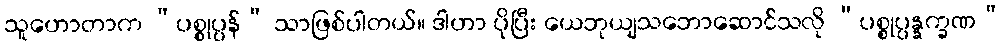
သူဟောတာက “ပစ္စုပ္ပန်” သာဖြစ်ပါတယ်။ ဒါဟာ ပိုပြီး ယေဘုယျသဘောဆောင်သလို “ပစ္စုပ္ပန္နက္ခဏ”